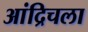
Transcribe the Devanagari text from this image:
आंद्रिचला